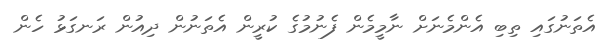
އެތަނުގައި ތިބި އެންމެނަށް ނާމީމެން ފެނުމުގެ ކުރީން އެތަނުން ދިއުން ރަނގަޅު ހެން